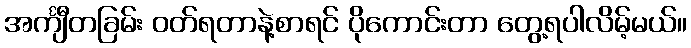
အင်္ကျီတခြမ်း ဝတ်ရတာနဲ့စာရင် ပိုကောင်းတာ တွေ့ရပါလိမ့်မယ်။